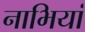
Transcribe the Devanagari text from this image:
नाभियां